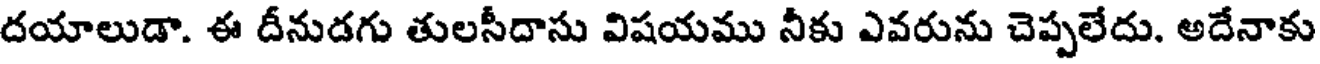
దయాలుడా. ఈ దీనుడగు తులసీదాసు విషయము నీకు ఎవరును చెప్పలేదు. అదేనాకు